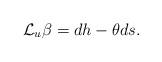
\begin{align*} \mathcal{L}_u\beta=dh-\theta ds.\end{align*}